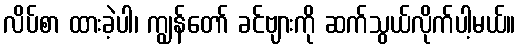
လိပ်စာ ထားခဲ့ပါ၊ ကျွန်တော် ခင်ဗျားကို ဆက်သွယ်လိုက်ပါ့မယ်။